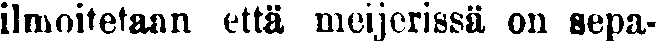
ilmoitetaan että meijerissä on sepa-